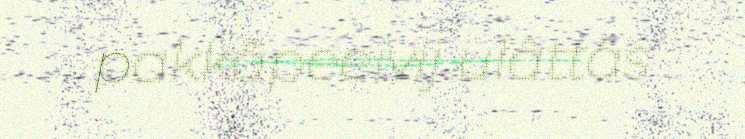
pakkâpeeivij ulâttâs